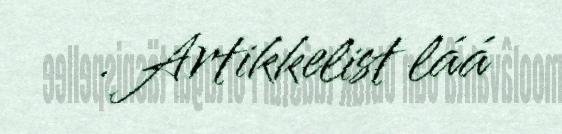
. Artikkelist láá